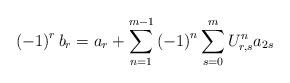
LaTeX: \begin{align*}\left( -1\right) ^{r}b_{r}=a_{r}+\sum_{n=1}^{m-1}\left( -1\right) ^{n}\sum_{s=0}^{m}U_{r,s}^{n}a_{2s} \end{align*}